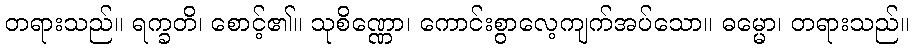
တရားသည်။ ရက္ခတိ၊ စောင့်၏။ သုစိဏ္ဏော၊ ကောင်းစွာလေ့ကျက်အပ်သော။ ဓမ္မော၊ တရားသည်။